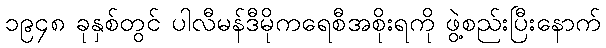
၁၉၄၈ ခုနှစ်တွင် ပါလီမန်ဒီမိုကရေစီအစိုးရကို ဖွဲ့စည်းပြီးနောက်